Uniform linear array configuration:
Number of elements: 12
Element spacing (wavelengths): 0.5
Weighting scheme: binomial
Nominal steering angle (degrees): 0
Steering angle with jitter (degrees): -1.994
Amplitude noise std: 0.05
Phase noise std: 0.05

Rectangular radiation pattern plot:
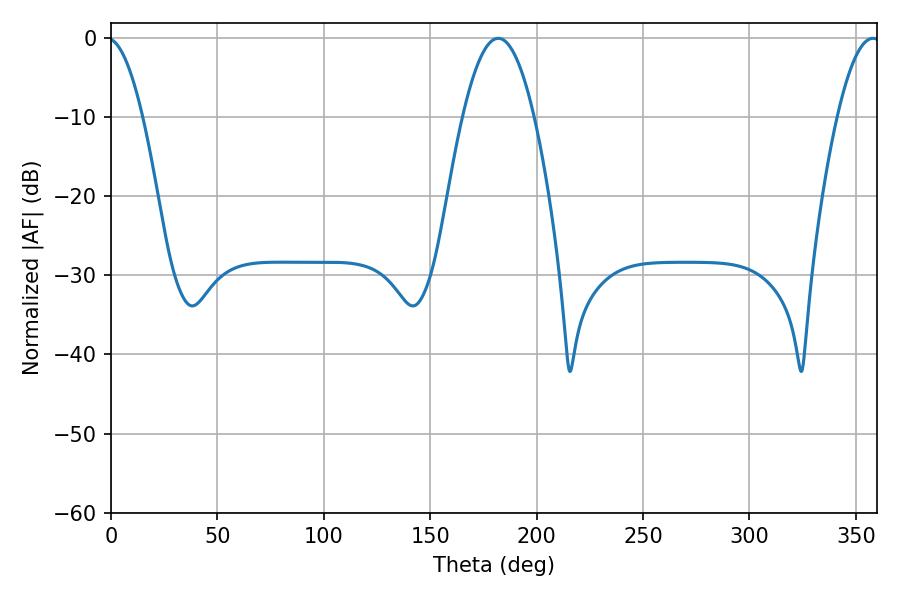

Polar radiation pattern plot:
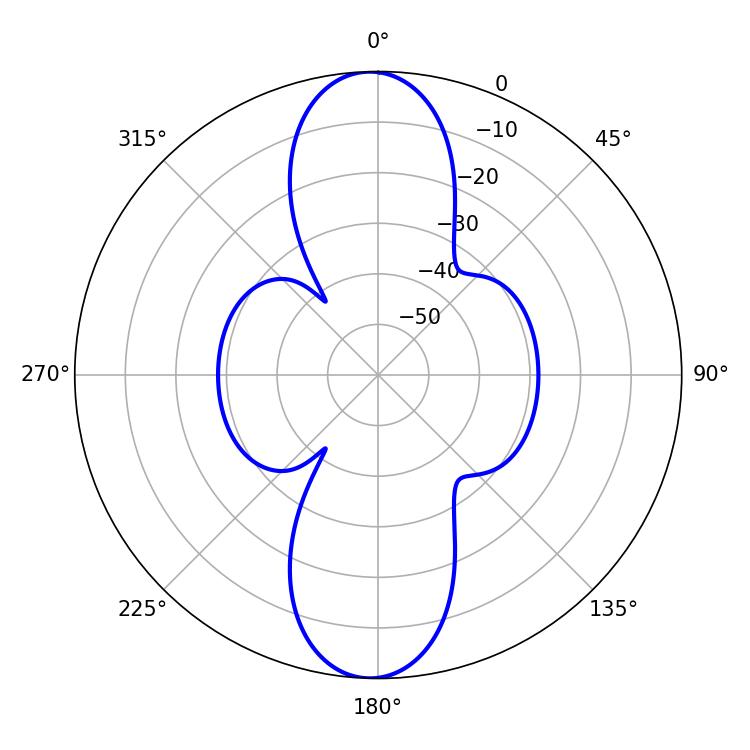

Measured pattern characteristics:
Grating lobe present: FALSE
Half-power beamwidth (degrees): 18.36
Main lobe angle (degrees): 181.98